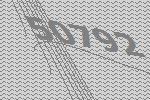
50792